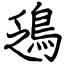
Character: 鴔